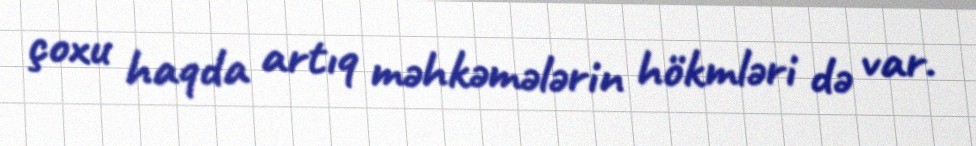
çoxu haqda artıq məhkəmələrin hökmləri də var.